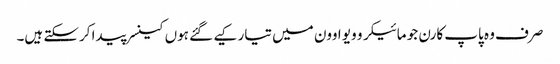
صرف وہ پاپ کارن جو مائیکرو ویو اوون میں تیار کیے گئے ہوں کینسر پیدا کرسکتے ہیں۔